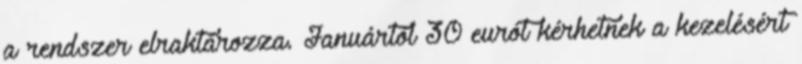
a rendszer elraktározza. Januártól 30 eurót kérhetnek a kezelésért